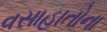
વસાહાતોના